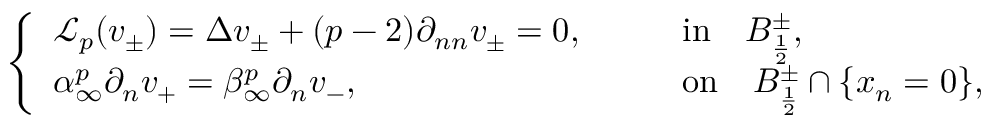
\left\{ \begin{array} { l l } { \mathcal { L } _ { p } ( v _ { \pm } ) = \Delta v _ { \pm } + ( p - 2 ) \partial _ { n n } v _ { \pm } = 0 , \qquad } & { \mathrm { i n } \quad B _ { \frac { 1 } { 2 } } ^ { \pm } , } \\ { \alpha _ { \infty } ^ { p } \partial _ { n } v _ { + } = \beta _ { \infty } ^ { p } \partial _ { n } v _ { - } , \qquad } & { \mathrm { o n } \quad B _ { \frac { 1 } { 2 } } ^ { \pm } \cap \{ x _ { n } = 0 \} , } \end{array} \right.